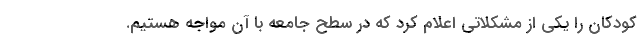
کودکان را یکی از مشکلاتی اعلام کرد که در سطح جامعه با آن مواجه هستیم.